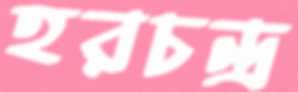
হরচন্দ্র